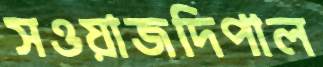
সওয়াজদিপাল